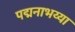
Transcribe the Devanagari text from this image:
पद्मनाभय्या